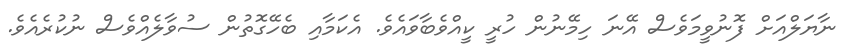
ނާޔަލްއަށް ފޮނުވީމަވެސް އޭނަ ހިމޭނުން ހުރީ ކީއްވެބާވައެވެ. އެކަމާއި ބެހޭގޮތުން ސުވާލެއްވެސް ނުކުރެއެވެ.